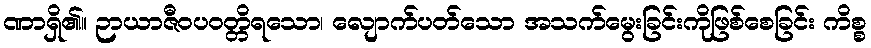
ဏာရှိ၏။ ဉာယာဇီဝပဝတ္တိရသော၊ လျောက်ပတ်သော အသက်မွေးခြင်းကိုဖြစ်စေခြင်း ကိစ္စ